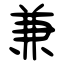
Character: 兼